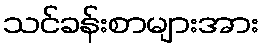
သင်ခန်းစာများအား